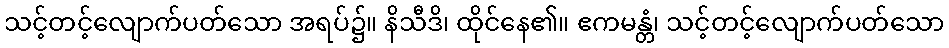
သင့်တင့်လျောက်ပတ်သော အရပ်၌။ နိသီဒိ၊ ထိုင်နေ၏။ ဧကမန္တံ၊ သင့်တင့်လျောက်ပတ်သော